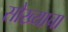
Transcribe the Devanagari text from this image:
सौख्याचा